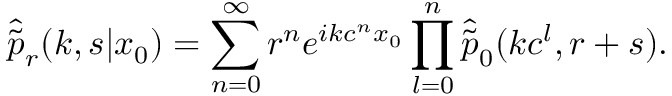
\hat { \tilde { p } } _ { r } ( k , s | x _ { 0 } ) = \sum _ { n = 0 } ^ { \infty } r ^ { n } e ^ { i k c ^ { n } x _ { 0 } } \prod _ { l = 0 } ^ { n } \hat { \tilde { p } } _ { 0 } ( k c ^ { l } , r + s ) .